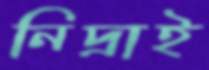
নিদ্রাই